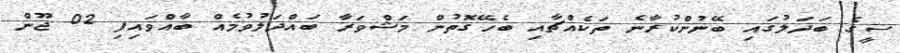
ސީގެ ބަދަލުގައި ބޭނުންކުރާނެ ތަކެއްޗާއި ބެހޭގޮތުން މަޝްވަރާ ބައްދަލުވުމެއް ބާއްވައިފި 02 ޖޫން